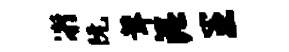
凝阮茸泥王